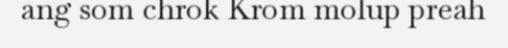
ang som chrok Krom molup preah